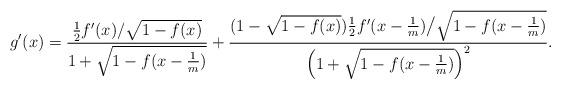
LaTeX: \begin{align*}g'(x) = \frac{\frac{1}{2}f'(x)/ \sqrt{1- f(x)}}{1 + \sqrt{1 - f(x - \frac{1}{m})}} + \frac{(1 -\sqrt{1 - f(x)} ) \frac{1}{2} f'(x-\frac{1}{m}) \big/ \sqrt{1- f(x - \frac{1}{m})} }{\left(1 + \sqrt{1 - f(x - \frac{1}{m})}\right)^2}.\end{align*}